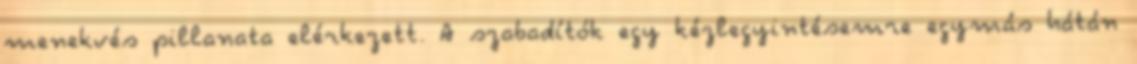
menekvés pillanata elérkezett. A szabadítók egy kézlegyintésemre egymás hátán